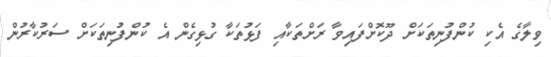
ވިލާގެ އެކި ކުންފުނިތަކަށް ދޫކޮށްފައިވާ ރަށްތަކާއި ފަޅުތަކާ ގުޅިގެން އެ ކުންފުނިތަކަށް ސަރުކާރުން